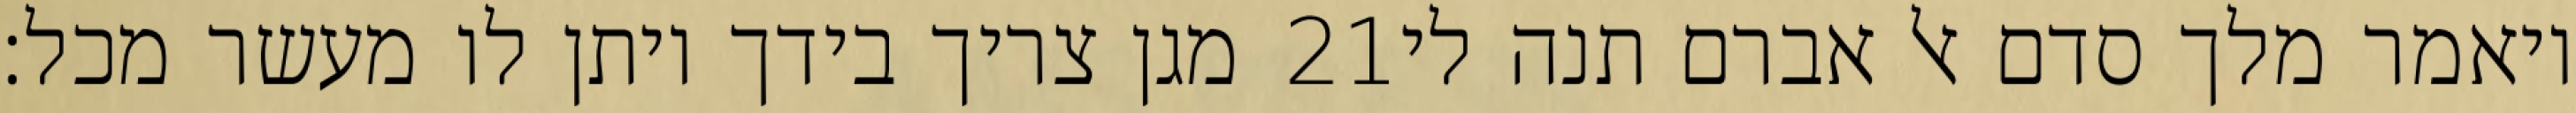
מגן צריך בידך ויתן לו מעשר מכל׃ ‎21‏ ויאמר מלך סדם אל אברם תנה לי